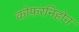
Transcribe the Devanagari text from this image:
कोफ़रनिहोन